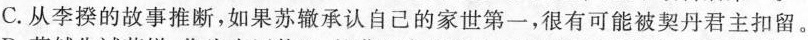
C.从李揆的故事推断，如果苏辙承认自己的家世第一，很有可能被契丹君主扣留。